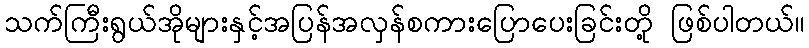
သက်ကြီးရွယ်အိုများနှင့်အပြန်အလှန်စကားပြောပေးခြင်းတို့ ဖြစ်ပါတယ်။